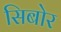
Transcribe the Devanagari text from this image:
सिबोर